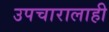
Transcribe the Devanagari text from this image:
उपचारालाही